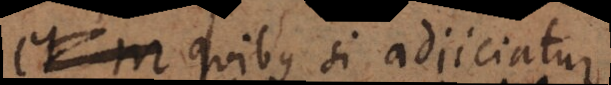
0, quibus si adjiciat